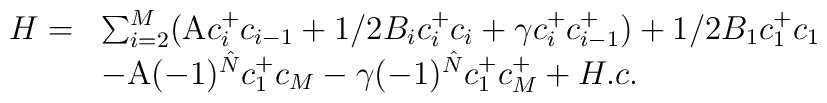
\begin{array}{ll}H= & \sum_{i=2}^{M}(\mbox{\cal A}c^{+}_{i}c_{i-1}+1/2B_{i}c^{+}_{i}c_{i} +\gamma c^{+}_{i}c^{+}_{i-1}) +1/2B_{1}c^{+}_{1}c_{1}\\ & -\mbox{\cal A}(-1)^{\hat N}c^{+}_{1}c_{M} -\gamma (-1)^{\hat N}c^{+}_{1}c^{+}_{M} +H.c.\end{array}